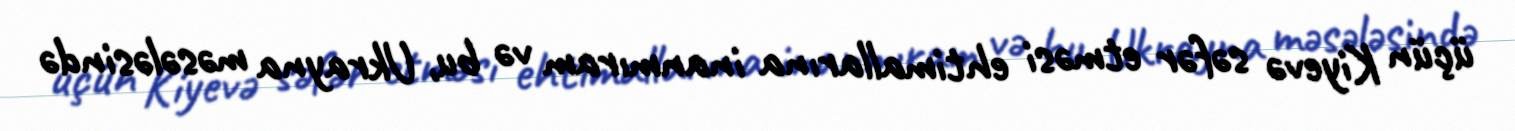
üçün Kiyevə səfər etməsi ehtimallarına inanmıram və bu, Ukrayna məsələsində